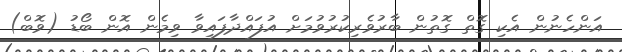
އަންހެނުން އެކި ގޮތް ގޮތުން ބާރުވެރިކުރުވުމަށް އުފައްދާފައިވާ ވިމެން އޮން ބޯޑު (ވޮބް)